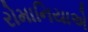
રોમાનિયાએ